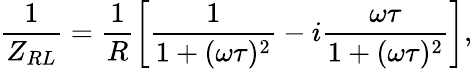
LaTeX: \frac{1}{Z_{RL}}=\frac{1}{R}\left[\frac{1}{1+(\omega\tau)^{2}}-i\frac{\omega\tau}{1+(\omega\tau)^{2}}\right],